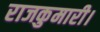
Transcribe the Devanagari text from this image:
राजकुमारी।